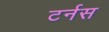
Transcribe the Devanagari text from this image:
टर्नस